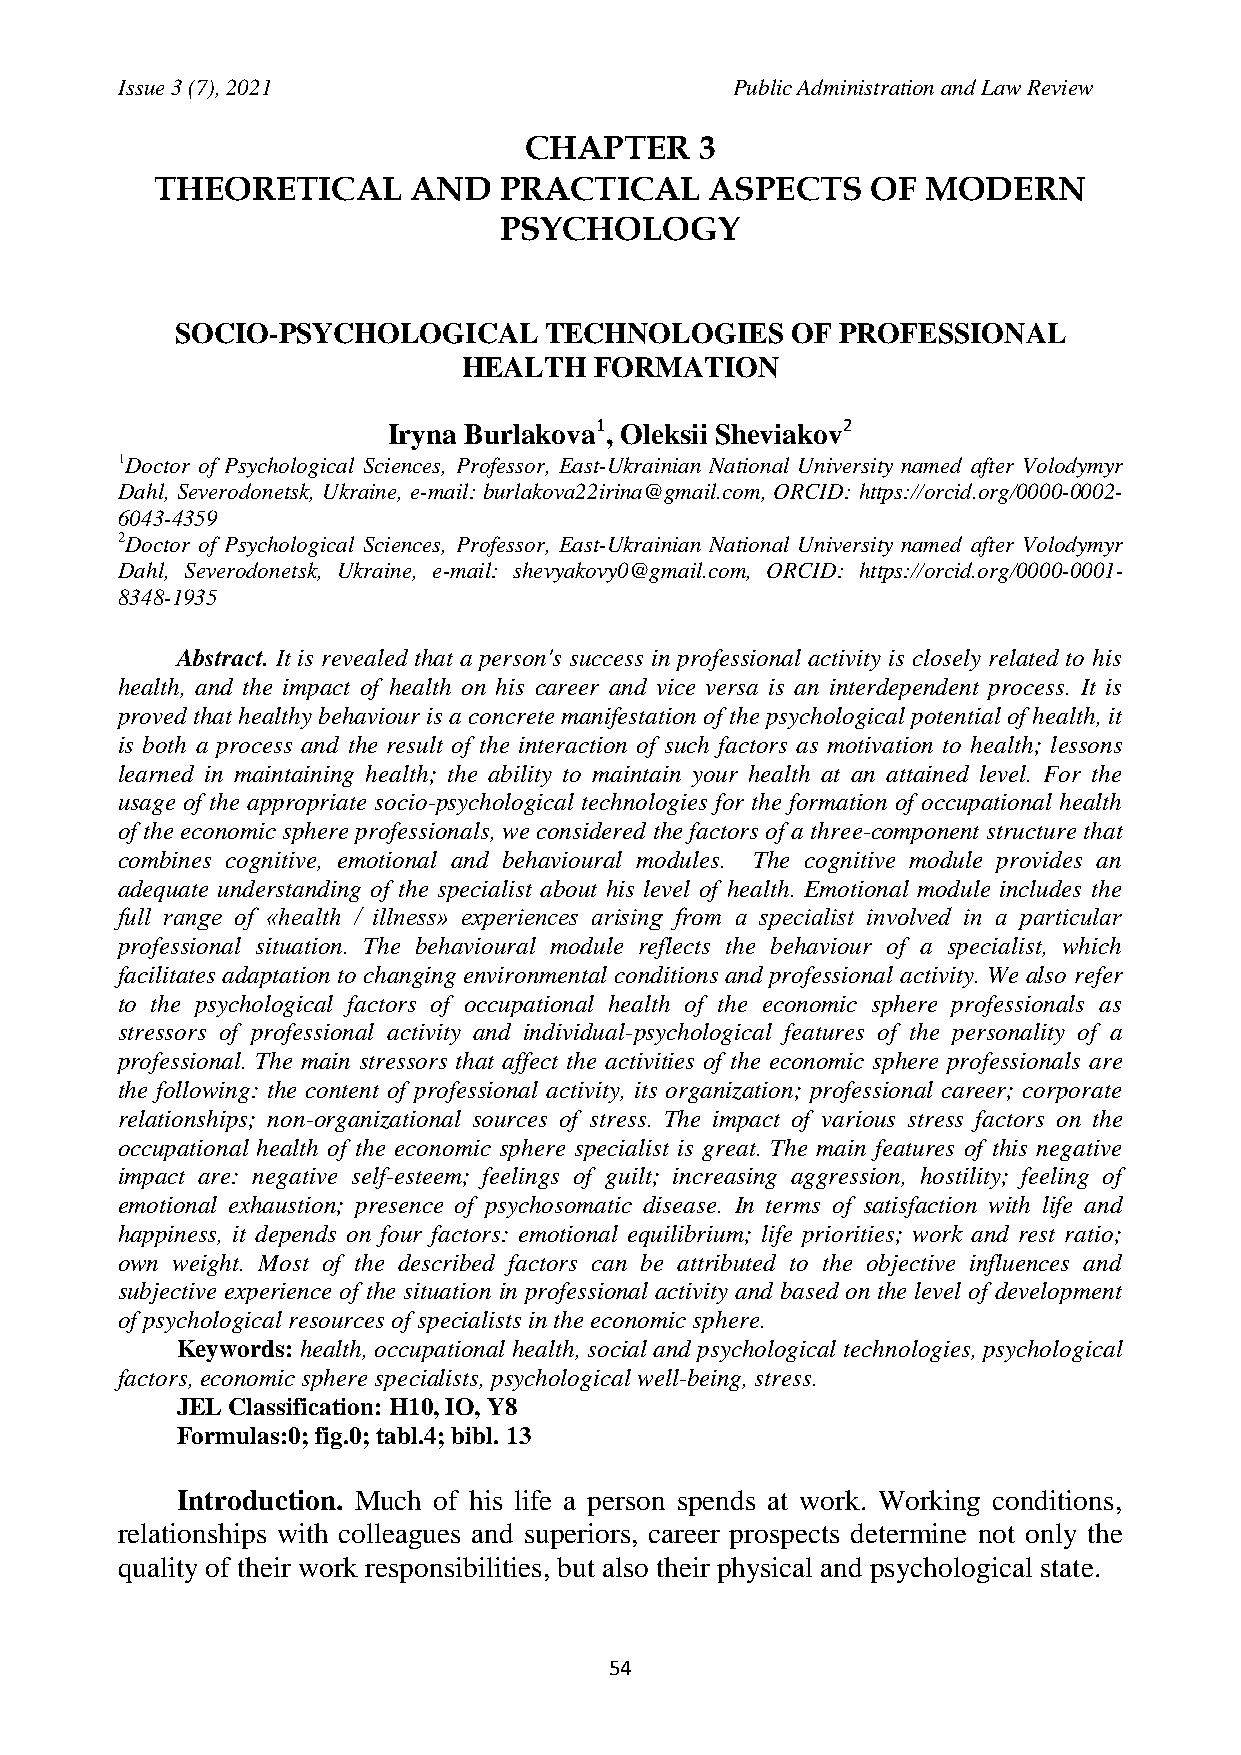
Issue 3 (7), 2021                       Public Administration and Law Review
 CHAPTER    3
 THEORETICAL      AND   PRACTICAL     ASPECTS    OF MODERN
 PSYCHOLOGY
 SOCIO-PSYCHOLOGICAL     TECHNOLOGIES    OF  PROFESSIONAL
 HEALTH  FORMATION
 Iryna Burlakova1, Oleksii Sheviakov2
 1Doctor of Psychological Sciences, Professor, East-Ukrainian National University named after Volodymyr
 Dahl, Severodonetsk, Ukraine, e-mail: burlakova22irina@gmail.com, ORCID: https://orcid.org/0000-0002-
 6043-4359
 2Doctor of Psychological Sciences, Professor, East-Ukrainian National University named after Volodymyr
 Dahl, Severodonetsk, Ukraine, e-mail: shevyakovy0@gmail.com, ORCID: https://orcid.org/0000-0001-
 8348-1935
 Abstract. It is revealed that a person's success in professional activity is closely related to his
 health, and the impact of health on his career and vice versa is an interdependent process. It is
 proved that healthy behaviour is a concrete manifestation of the psychological potential of health, it
 is both a process and the result of the interaction of such factors as motivation to health; lessons
 learned in maintaining health; the ability to maintain your health at an attained level. For the
 usage of the appropriate socio-psychological technologies for the formation of occupational health
 of the economic sphere professionals, we considered the factors of a three-component structure that
 combines cognitive, emotional and behavioural modules. The cognitive module provides an
 adequate understanding of the specialist about his level of health. Emotional module includes the
 full range of «health / illness» experiences arising from a specialist involved in a particular
 professional situation. The behavioural module reflects the behaviour of a specialist, which
 facilitates adaptation to changing environmental conditions and professional activity. We also refer
 to the psychological factors of occupational health of the economic sphere professionals as
 stressors of professional activity and individual-psychological features of the personality of a
 professional. The main stressors that affect the activities of the economic sphere professionals are
 the following: the content of professional activity, its organization; professional career; corporate
 relationships; non-organizational sources of stress. The impact of various stress factors on the
 occupational health of the economic sphere specialist is great. The main features of this negative
 impact are: negative self-esteem; feelings of guilt; increasing aggression, hostility; feeling of
 emotional exhaustion; presence of psychosomatic disease. In terms of satisfaction with life and
 happiness, it depends on four factors: emotional equilibrium; life priorities; work and rest ratio;
 own weight. Most of the described factors can be attributed to the objective influences and
 subjective experience of the situation in professional activity and based on the level of development
 of psychological resources of specialists in the economic sphere.
 Keywords: health, occupational health, social and psychological technologies, psychological
 factors, economic sphere specialists, psychological well-being, stress.
 JEL Classification: H10, IO, Y8
 Formulas:0; fig.0; tabl.4; bibl. 13
 Introduction. Much of his life a person spends at work. Working conditions,
 relationships with colleagues and superiors, career prospects determine not only the
 quality of their work responsibilities, but also their physical and psychological state.
 54